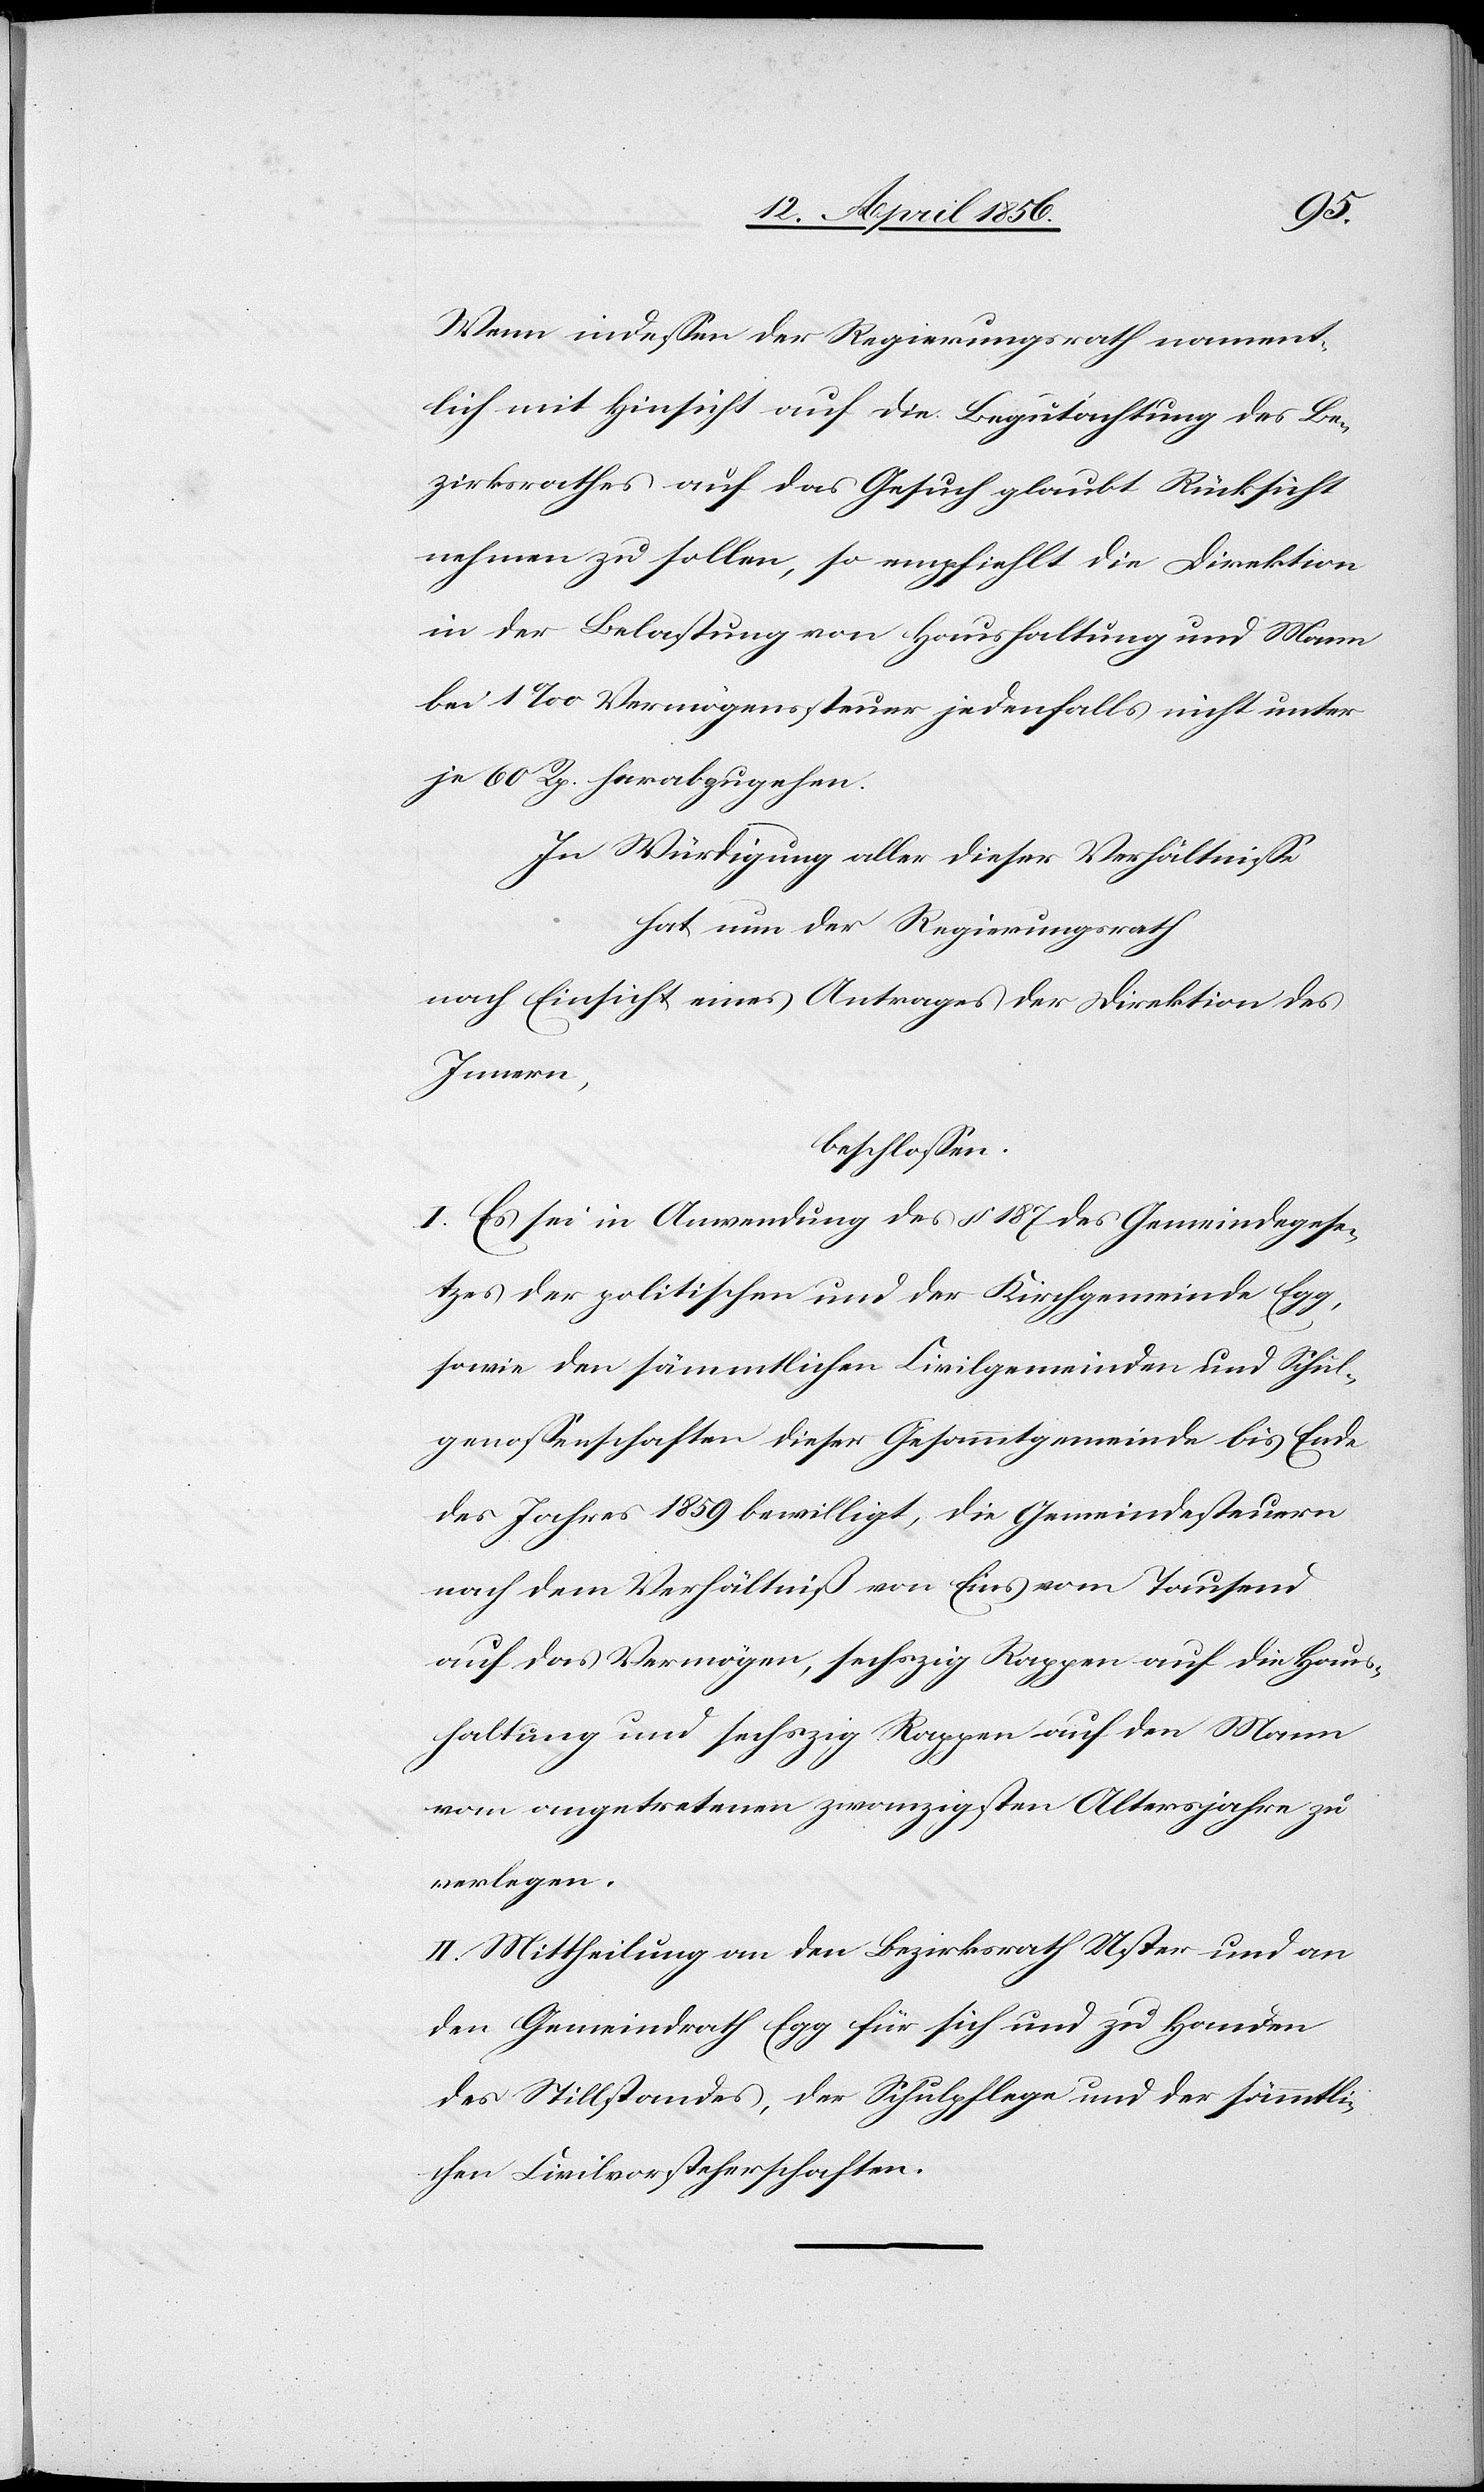
Wenn indessen der Regierungsrath nament¬
lich mit Hinsicht auf die Begutachtung des Be¬
zirksrathes auf das Gesuch glaubt Rücksicht
nehmen zu sollen, so empfiehlt die Direktion
in der Belastung von Haushaltung und Mann
bei 1‰ Vermögenssteuer jedenfalls nicht unter
je 60 Rp. herabzugehen.
In Würdigung aller dieser Verhältnisse
hat nun der Regierungsrath
nach Einsicht eines Antrages der Direktion des
Innern,
beschlossen:
I. Es sei in Anwendung des § 187 des Gemeindegese¬
tzes der politischen und der Kirchgemeinde Egg,
sowie den sämmtlichen Civilgemeinden und Schul¬
genossenschaften dieser Gesammtgemeinde bis Ende
des Jahres 1859 bewilligt, die Gemeindesteuern
nach dem Verhältniß von Eins vom Tausend
auf das Vermögen, sechszig Rappen auf die Haus¬
haltung und sechszig Rappen auf den Mann
vom angetretenen zwanzigsten Altersjahre zu
verlegen.
II. Mittheilung an den Bezirksrath Uster und an
den Gemeindrath Egg für sich und zu Handen
des Stillstandes, der Schulpflege und der sämmtli¬
chen Civilvorsteherschaften.